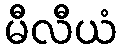
မီလီယံ